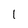
Character: 1